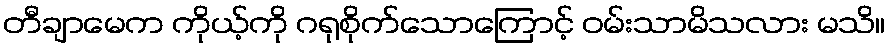
တီချာမေက ကိုယ့်ကို ဂရုစိုက်သောကြောင့် ဝမ်းသာမိသလား မသိ။